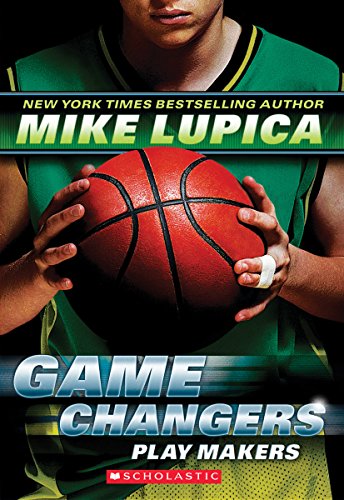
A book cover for Game Changers #2: Play Makers; Mike Lupica; Children's Books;